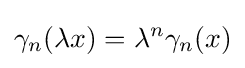
\gamma _{n}(\lambda x)=\lambda ^{n}\gamma _{n}(x)